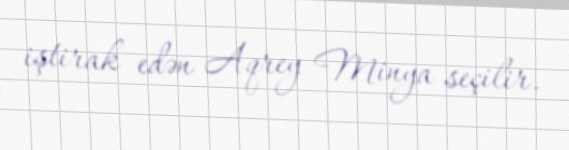
iştirak edən Aqrey Minya seçilir.